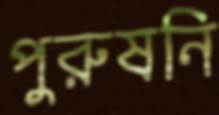
পুরুষনি